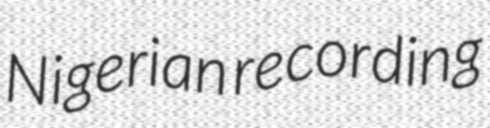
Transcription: Nigerian recording